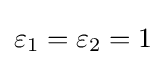
\varepsilon _{1}=\varepsilon _{2}=1